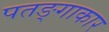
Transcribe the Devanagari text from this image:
पतङ्गाकार